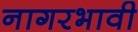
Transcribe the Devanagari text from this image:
नागरभावी